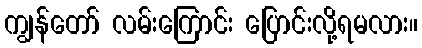
ကျွန်တော် လမ်းကြောင်း ပြောင်းလို့ရမလား။